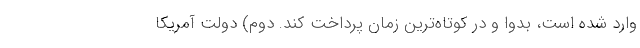
وارد شده است، بدواً و در کوتاه‌ترین زمان پرداخت کند. دوم) دولت آمریکا